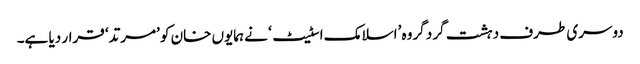
دوسری طرف دہشت گرد گروہ ’اسلامک اسٹیٹ‘ نے ہمایوں خان کو ’مرتد‘ قرار دیا ہے۔